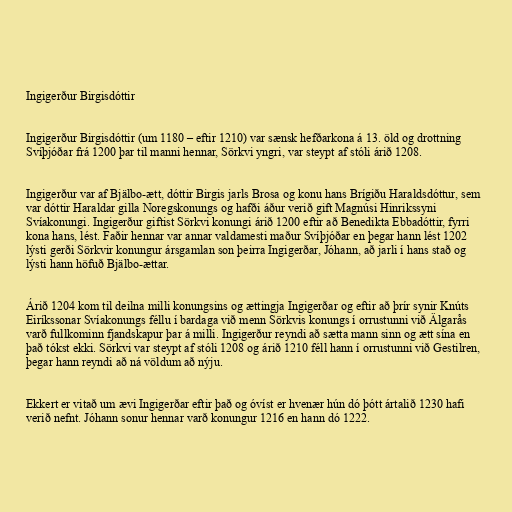
Ingigerður Birgisdóttir

Ingigerður Birgisdóttir (um 1180 – eftir 1210) var sænsk hefðarkona á 13. öld og drottning
Svíþjóðar frá 1200 þar til manni hennar, Sörkvi yngri, var steypt af stóli árið 1208.

Ingigerður var af Bjälbo-ætt, dóttir Birgis jarls Brosa og konu hans Brígiðu Haraldsdóttur, sem
var dóttir Haraldar gilla Noregskonungs og hafði áður verið gift Magnúsi Hinrikssyni
Svíakonungi. Ingigerður giftist Sörkvi konungi árið 1200 eftir að Benedikta Ebbadóttir, fyrri
kona hans, lést. Faðir hennar var annar valdamesti maður Svíþjóðar en þegar hann lést 1202
lýsti gerði Sörkvir konungur ársgamlan son þeirra Ingigerðar, Jóhann, að jarli í hans stað og
lýsti hann höfuð Bjälbo-ættar.

Árið 1204 kom til deilna milli konungsins og ættingja Ingigerðar og eftir að þrír synir Knúts
Eiríkssonar Svíakonungs féllu í bardaga við menn Sörkvis konungs í orrustunni við Älgarås
varð fullkominn fjandskapur þar á milli. Ingigerður reyndi að sætta mann sinn og ætt sína en
það tókst ekki. Sörkvi var steypt af stóli 1208 og árið 1210 féll hann í orrustunni við Gestilren,
þegar hann reyndi að ná völdum að nýju.

Ekkert er vitað um ævi Ingigerðar eftir það og óvíst er hvenær hún dó þótt ártalið 1230 hafi
verið nefnt. Jóhann sonur hennar varð konungur 1216 en hann dó 1222.